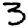
Digit: 3